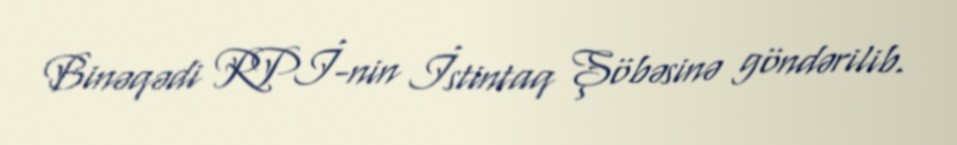
Binəqədi RPİ-nin İstintaq Şöbəsinə göndərilib.